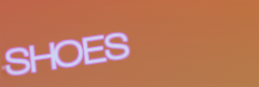
SHOES